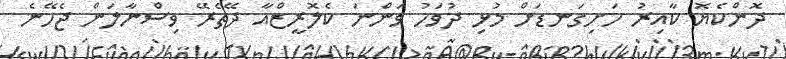
ދޮންކެޔޮ ކާއިރު ހަށިގަނޑަށް މުޅި ދުވަހު ވަންނަ ކެލޮރީޒްއާ ދޭތެރޭ ވިސްނާލަން ޖެހޭނެ